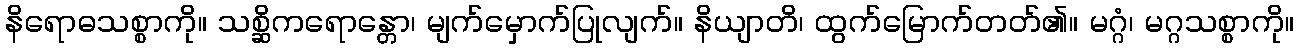
နိရောဓသစ္စာကို။ သစ္ဆိကရောန္တော၊ မျက်မှောက်ပြုလျက်။ နိယျာတိ၊ ထွက်မြောက်တတ်၏။ မဂ္ဂံ၊ မဂ္ဂသစ္စာကို။